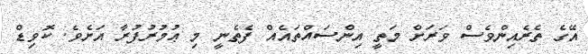
އޭގެ ތެރެއިންވެސް ވަރަށް މަތީ އިންސައްތައެއް ފެތެނީ މި ޢުމުރުފުރާ އަށެވެ. ކޮވިޑް